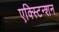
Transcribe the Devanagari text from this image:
एक्स्टिन्शन